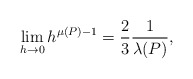
\begin{align*} \begin{aligned} \lim_{h\rightarrow 0}h^{\mu(P)-1}=\frac{2}{3}\frac{1}{\lambda(P)}, \end{aligned} \end{align*}